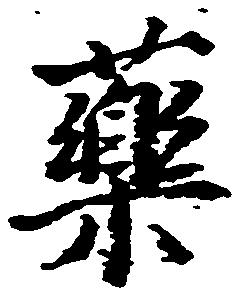
薬